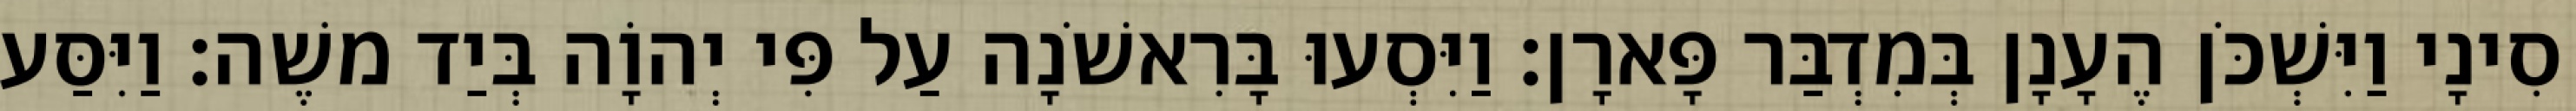
סִינָי וַיִּשְׁכֹּן הֶעָנָן בְּמִדְבַּר פָּארָן׃ וַיִּסְעוּ בָּרִאשֹׁנָה עַל פִּי יְהוָֹה בְּיַד משֶׁה׃ וַיִּסַּע